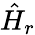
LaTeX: \hat{H}_{r}